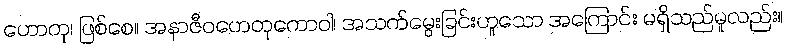
ဟောတု၊ ဖြစ်စေ။ အနာဇီဝဟေတုကောဝါ၊ အသက်မွေးခြင်းဟူသော အကြောင်း မရှိသည်မူလည်း။